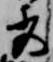
秀